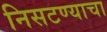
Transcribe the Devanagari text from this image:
निसटण्याचा